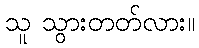
သူ သွားတတ်လား။